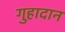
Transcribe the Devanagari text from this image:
गुहादान